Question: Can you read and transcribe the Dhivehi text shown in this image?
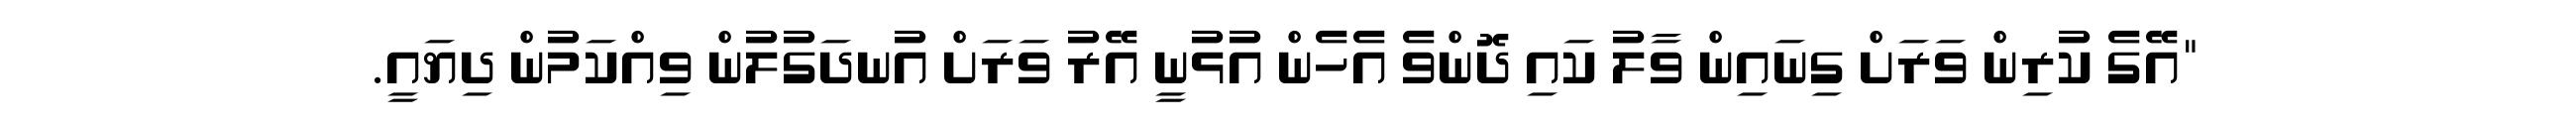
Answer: "އޭގެ ކުރިން ވަރަށް ގިނައިން ވާލު ކައި ދޮންވެ އެހެން އުޅުނީ އޭރު ވަރަށް އުނދަގުލުން ވިއްކަމުން ދިޔައީ.